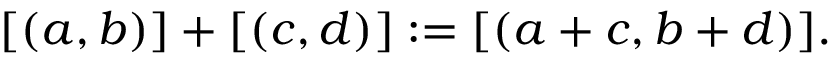
[ ( a , b ) ] + [ ( c , d ) ] : = [ ( a + c , b + d ) ] .